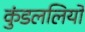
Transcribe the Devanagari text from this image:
कुंडललियों